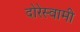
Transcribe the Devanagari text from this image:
दोरेस्वामी